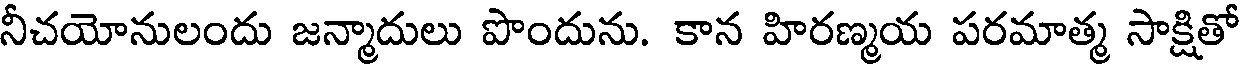
నీచయోనులందు జన్మాదులు పొందును. కాన హిరణ్మయ పరమాత్మ సాక్షితో